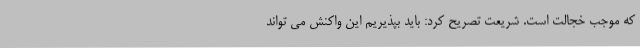
که موجب خجالت است. شریعت تصریح کرد: باید بپذیریم این واکنش می تواند